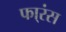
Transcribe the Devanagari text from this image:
फा्रंस